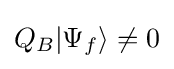
Q_{B}|\Psi _{f}\rangle \neq 0